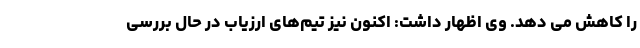
را کاهش می دهد. وی اظهار داشت: اکنون نیز تیم‌های ارزیاب در حال بررسی